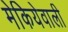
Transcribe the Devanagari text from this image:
मेकियेवाली